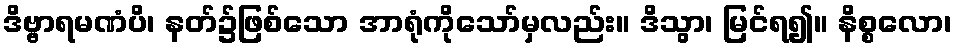
ဒိဗ္ဗာရမဏံပိ၊ နတ်၌ဖြစ်သော အာရုံကိုသော်မှလည်း။ ဒိသွာ၊ မြင်ရ၍။ နိစ္စလော၊